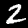
Digit: 2